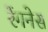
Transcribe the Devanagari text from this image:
रेंगनेस